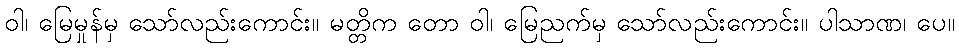
ဝါ၊ မြေမှုန်မှ သော်လည်းကောင်း။ မတ္တိက တော ဝါ၊ မြေညက်မှ သော်လည်းကောင်း။ ပါသာဏ၊ ပေ။